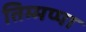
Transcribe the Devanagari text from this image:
तिम्मप्पा